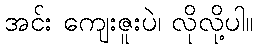
အင်း ကျေးဇူးပဲ၊ လိုလို့ပါ။